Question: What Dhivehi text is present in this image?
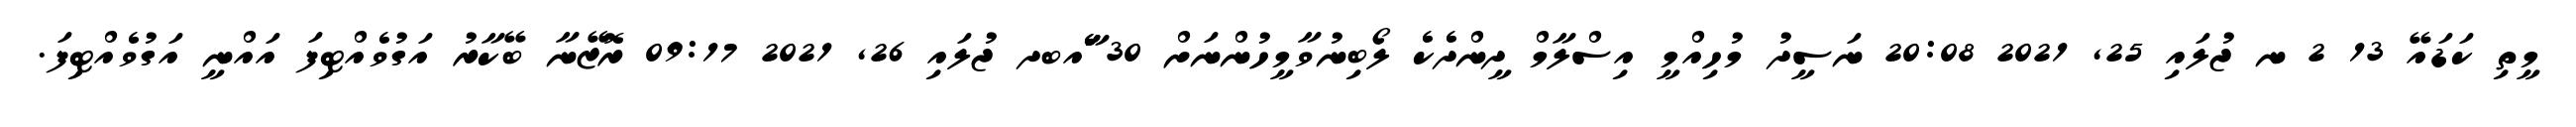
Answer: މީތި ކަޑައޭ 13 2 ނ ޖުލައި 25, 2021 20:08 ނަސީދު މުހިއްމީ އިސްލާމް ދީންދެކެ ލޯބިނުވާމީހުންނަށް 30 ާަެެައބދ ޖުލައި 26, 2021 09:17 ރޮޒޭނާ ބޭކާރު އަގުވެއްޓިފަ އައްނީ އަގުވެއްޓިފަ.